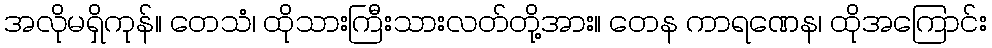
အလိုမရှိကုန်။ တေသံ၊ ထိုသားကြီးသားလတ်တို့အား။ တေန ကာရဏေန၊ ထိုအကြောင်း